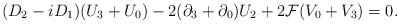
LaTeX: \begin{align*}(D_2-iD_1)(U_3+U_0)-2(\partial_3+\partial_0)U_2+2{\cal{F}}(V_0+V_3)=0.\end{align*}